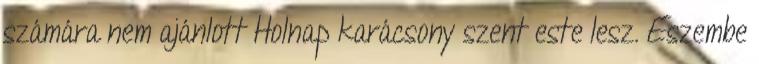
számára nem ajánlott Holnap karácsony szent este lesz. Eszembe